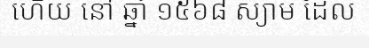
ហើយ នៅ ឆ្នាំ ១៥៦៨ ស្យាម ដែល